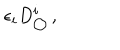
\epsilon _ { i } D _ { \bigcirc } ^ { i } \, ,